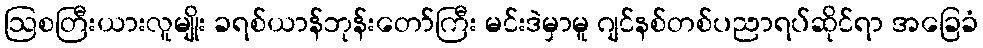
ဩစတြီးယားလူမျိုး ခရစ်ယာန်ဘုန်းတော်ကြီး မင်းဒဲမှာမူ ဂျင်နစ်တစ်ပညာရပ်ဆိုင်ရာ အခြေခံ